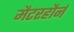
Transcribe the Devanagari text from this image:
मैटरहौर्न